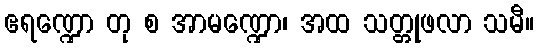
ဧရဏ္ဍော တု စ အာမဏ္ဍော၊ အထ သတ္တုဖလာ သမီ။